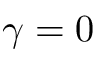
\gamma = 0